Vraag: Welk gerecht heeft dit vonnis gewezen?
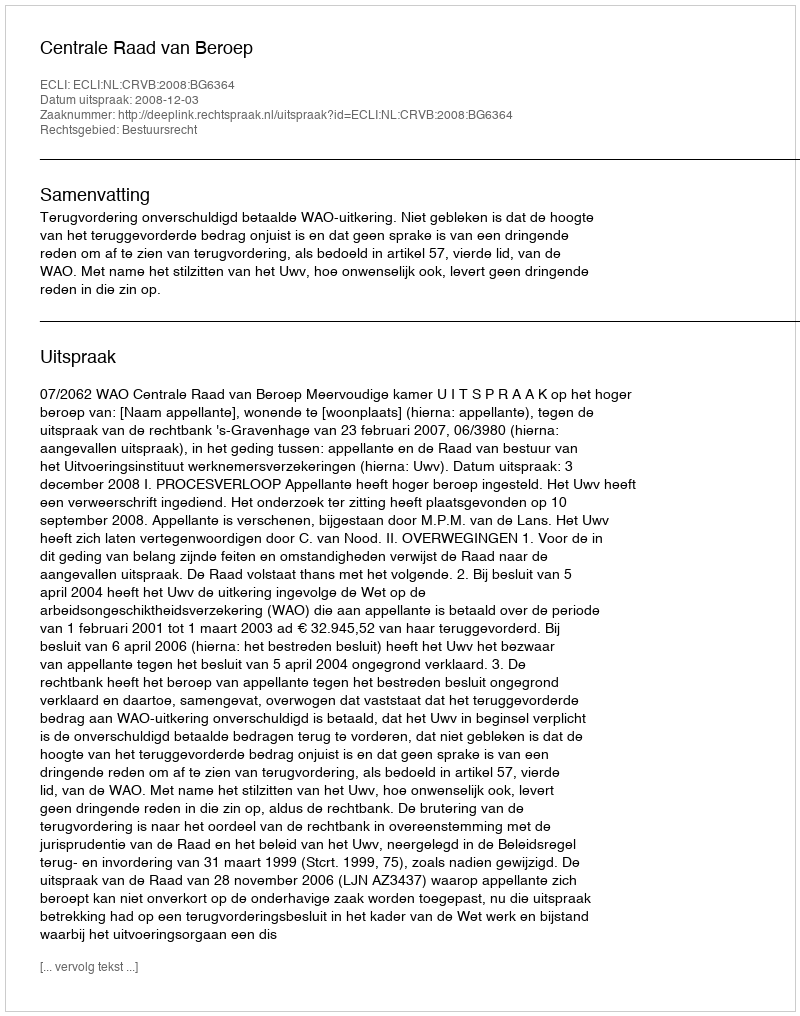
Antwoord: Centrale Raad van Beroep